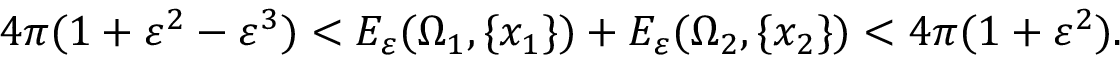
4 \pi ( 1 + \varepsilon ^ { 2 } - \varepsilon ^ { 3 } ) < E _ { \varepsilon } ( \Omega _ { 1 } , \{ x _ { 1 } \} ) + E _ { \varepsilon } ( \Omega _ { 2 } , \{ x _ { 2 } \} ) < 4 \pi ( 1 + \varepsilon ^ { 2 } ) .